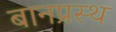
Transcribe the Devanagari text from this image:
बानप्रस्‍थ